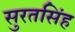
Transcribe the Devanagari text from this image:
सुरतसिंह